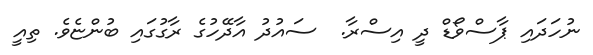
ނުހަދައި ޕާސްވޯޑް ދީ އިސްރާ.  ސައުދު އާދޭހުގެ ރާގުގައި ބުންޏެވެ. ތިއީ